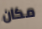
مكان